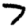
Digit: 7